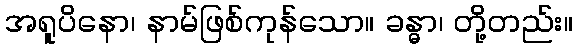
အရူပိနော၊ နာမ်ဖြစ်ကုန်သော။ ခန္ဓာ၊ တို့တည်း။